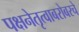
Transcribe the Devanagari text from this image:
पक्षनेतृत्वाबरोबरचे